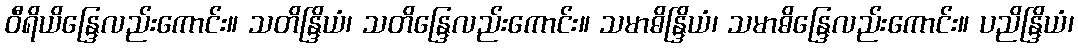
ဝီရိယိန္ဒြေလည်းကောင်း။ သတိန္ဒြိယံ၊ သတိန္ဒြေလည်းကောင်း။ သမာဓိန္ဒြိယံ၊ သမာဓိန္ဒြေလည်းကောင်း။ ပညိန္ဒြိယံ၊